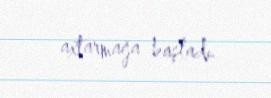
axtarmağa başladı.